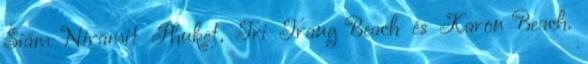
Siam Niramit Phuket, Tri Trang Beach és Karon Beach.